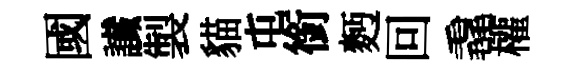
國䜟製貓屯銜麪回毳權